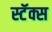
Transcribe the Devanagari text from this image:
स्टॅक्स